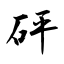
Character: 砰